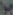
H